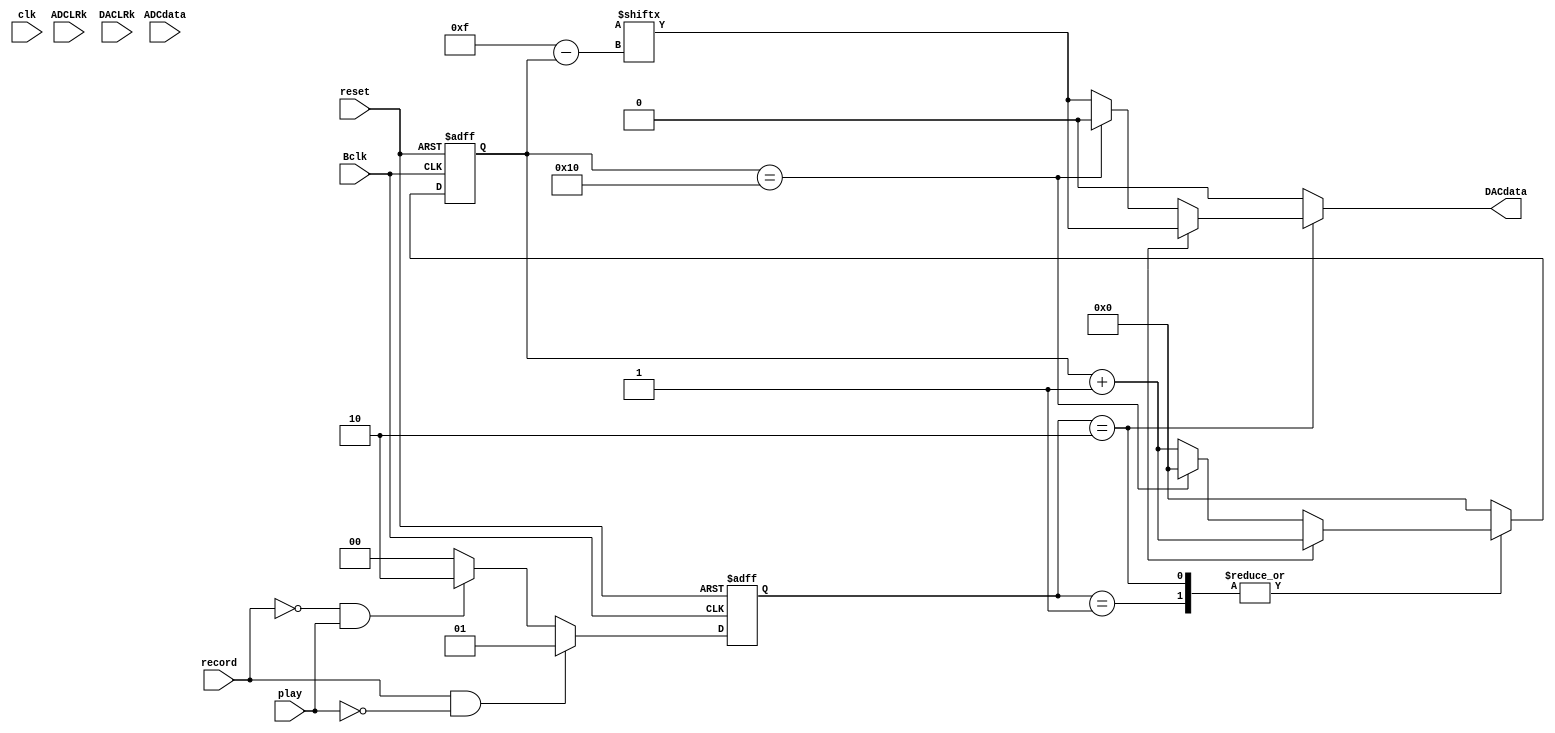
`timescale 1ns/1ps
module Audio_Ineterface(
    clk,
    reset,
    //-----signal and inputdata from codec-----
    Bclk, 
    ADCLRk,
    DACLRk,
    ADCdata,
    //-----operation switch-----
    record, 
    play,
    //-----output data to codec-----
    DACdata 
);

parameter RECORD   = 2'b01;
parameter PLAY     = 2'b10;
parameter STAND_BY = 2'b00;

parameter LOW      = 1'b0;
parameter HIGH     = 1'b1;
//-----input & output declaration-----
input  clk;
input  reset;
input  Bclk;
input  ADCdata;
input  ADCLRk;
input  DACLRk;
input  record;
input  play;

output DACdata;

//-----register & wire declaration-----
reg    [15:0] adc_data;         
reg    [15:0] next_adc_data;
reg    [15:0] dac_data;
reg    [4:0]  Bclk_counter;       // counting cycles of Bclk
reg    [4:0]  next_Bclk_counter;
reg    [1:0]  operation_state;
reg    [1:0]  next_operation_state;
reg    ADCLRk_state;
reg    next_ADCLRk_state;
reg    start;                     // start to get ADCdata
reg    next_start;
reg    DACdata_r;

wire   ready;                     // write enable for SRAM 
//SRAM(clk, reset, play, ready, adc_data dac_data)  //calling SRAM module

assign ready   = (Bclk_counter == 5'd16 && operation_state == RECORD)? 1'b1:1'b0; 
assign DACdata = DACdata_r;

// next_state logic for operation mode
always@(*) begin
    if(record == 1'b1 && play == 1'b0)
        next_operation_state = RECORD; 
    else if(record == 1'b0 && play == 1'b1) 
        next_operation_state = PLAY;
    else
        next_operation_state = STAND_BY;
end

always@(*) begin
    if(ADCLRk == 1'b0) next_ADCLRk_state = LOW;
    else               next_ADCLRk_state = HIGH;
end

// generate start pulse
always@(*) begin
    if(ADCLRk_state == LOW && next_ADCLRk_state == HIGH)
        next_start = 1'b1;
    else if(ADCLRk_state == HIGH && next_ADCLRk_state == LOW)
        next_start = 1'b1;
    else
        next_start = 1'b0;
end

// next_state logic
always@(*) begin
    next_adc_data     = adc_data;
    next_Bclk_counter = 5'b0;
    DACdata_r         = 1'b0;
    case(operation_state)
        RECORD: begin
            if(start == 1'b1) begin
                next_adc_data[5'd15 - Bclk_counter] = ADCdata;
                next_Bclk_counter                   = Bclk_counter + 5'b1;
            end
            else begin
                if(Bclk_counter == 5'd16) begin
                    next_adc_data     = adc_data;
                    next_Bclk_counter = 5'b0;
                end
                else begin
                    next_adc_data[5'd15 - Bclk_counter] = ADCdata;
                    next_Bclk_counter                   = Bclk_counter + 5'b1; 
                end
            end
        end
        PLAY: begin
            if(start == 1'b1) begin
                DACdata_r         = dac_data[5'd15 - Bclk_counter];
                next_Bclk_counter = Bclk_counter + 5'b1;
            end
            else begin
                if(Bclk_counter == 5'd16) begin
                    DACdata_r         = 1'b0;
                    next_Bclk_counter = 5'd0; 
                end
                else begin
                    DACdata_r         = dac_data[5'd15 - Bclk_counter];
                    next_Bclk_counter = Bclk_counter + 5'b1;
                end
            end
        end
        STAND_BY: begin
            next_Bclk_counter = 5'b0;
            next_adc_data     = adc_data;
            DACdata_r         = 1'b0;
        end
    endcase
end

always@(negedge Bclk or negedge reset) begin
    if(!reset) begin
        Bclk_counter           = 5'b0;
        operation_state        = STAND_BY;
        ADCLRk_state           = LOW;
        adc_data               = 16'b0;
    end
    else begin
        Bclk_counter           = next_Bclk_counter;
        operation_state        = next_operation_state;
        ADCLRk_state           = next_ADCLRk_state;
        adc_data               = next_adc_data;
    end
end

endmodule